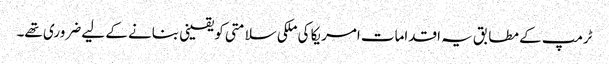
ٹرمپ کے مطابق یہ اقدامات امریکا کی ملکی سلامتی کو یقینی بنانے کے لیے ضروری تھے۔